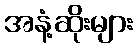
အနံ့ဆိုးများ